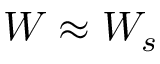
W \approx W _ { s }